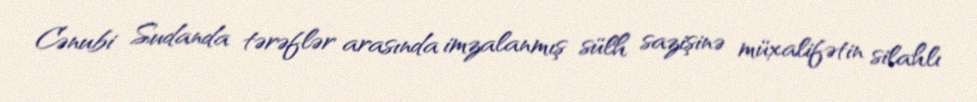
Cənubi Sudanda tərəflər arasında imzalanmış sülh sazişinə müxalifətin silahlı